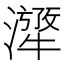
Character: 𤁁